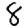
Digit: 8